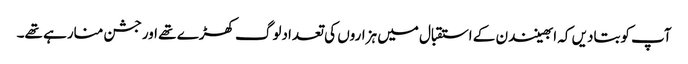
آپ کوبتادیں کہ ابھینندن کے استقبال میں ہزاروں کی تعدادلوگ کھڑے تھے اورجشن منارہے تھے۔